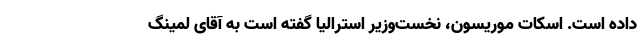
داده است. اسکات موریسون، نخست‌وزیر استرالیا گفته است به آقای لمینگ